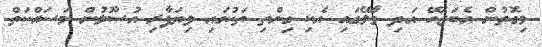
މިގޮތުން އެބަޖެހޭ އަދި މާލޭގައި އެކި ގިންތި ތަކުގައި ވިޔަފާރި އުސޫލުން މަސައްކަތް